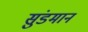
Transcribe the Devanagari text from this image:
सुंडमान